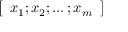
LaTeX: \left[ \begin{array} { l } { x _ { 1 } ; x _ { 2 } ; \dots ; x _ { m } } \end{array} \right]